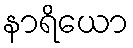
နာရိယော